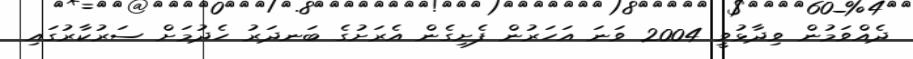
ދެއްވަމުން ވިދާޅުވީ 2004 ވަނަ އަހަރުން ފެށިގެން އެރަށުގެ ބަނދަރު ހެދުމަށް ސަރުކާރުގައި